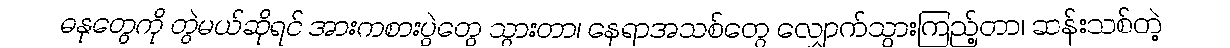
ဓနုတွေကို တွဲမယ်ဆိုရင် အားကစားပွဲတွေ သွားတာ၊ နေရာအသစ်တွေ လျှောက်သွားကြည့်တာ၊ ဆန်းသစ်တဲ့